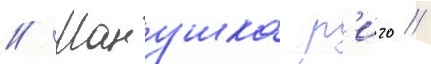
// Манушка р'иго /